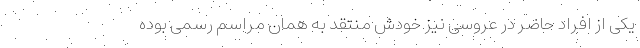
یکی از افراد حاضر در عروسی نیز خودش منتقد به همان مراسم رسمی بوده